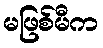
မဖြစ်မီက